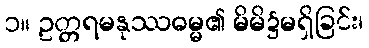
၁။ ဥတ္တရမနုဿဓမ္မ၏ မိမိ၌မရှိခြင်း၊